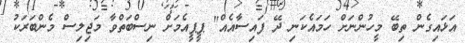
އަޅައިގެން ތިބޭ މީހުންނަށް ހަމައެކަނި ދޭ ފައިސާއެއް" ޕީޕީއެމަށް ނިސްބަތްވާ މަޖިލިސް މެންބަރަކު